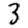
Digit: 3